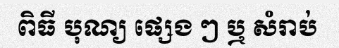
ពិធី បុណ្យ ផ្សេង ៗ ឬ សំរាប់